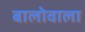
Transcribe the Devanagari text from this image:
बालोवाला